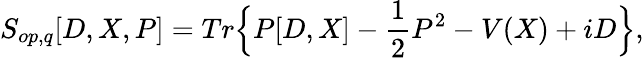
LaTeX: S_{op,q}[D,X,P]=Tr\Big\{ P[D,X]-\frac{1}{2}P^{2}-V(X)+iD\Big\} ,